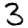
Digit: 3